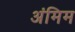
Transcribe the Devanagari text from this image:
अंमिम